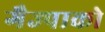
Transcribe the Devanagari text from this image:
गैज्पाको